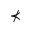
\nprec